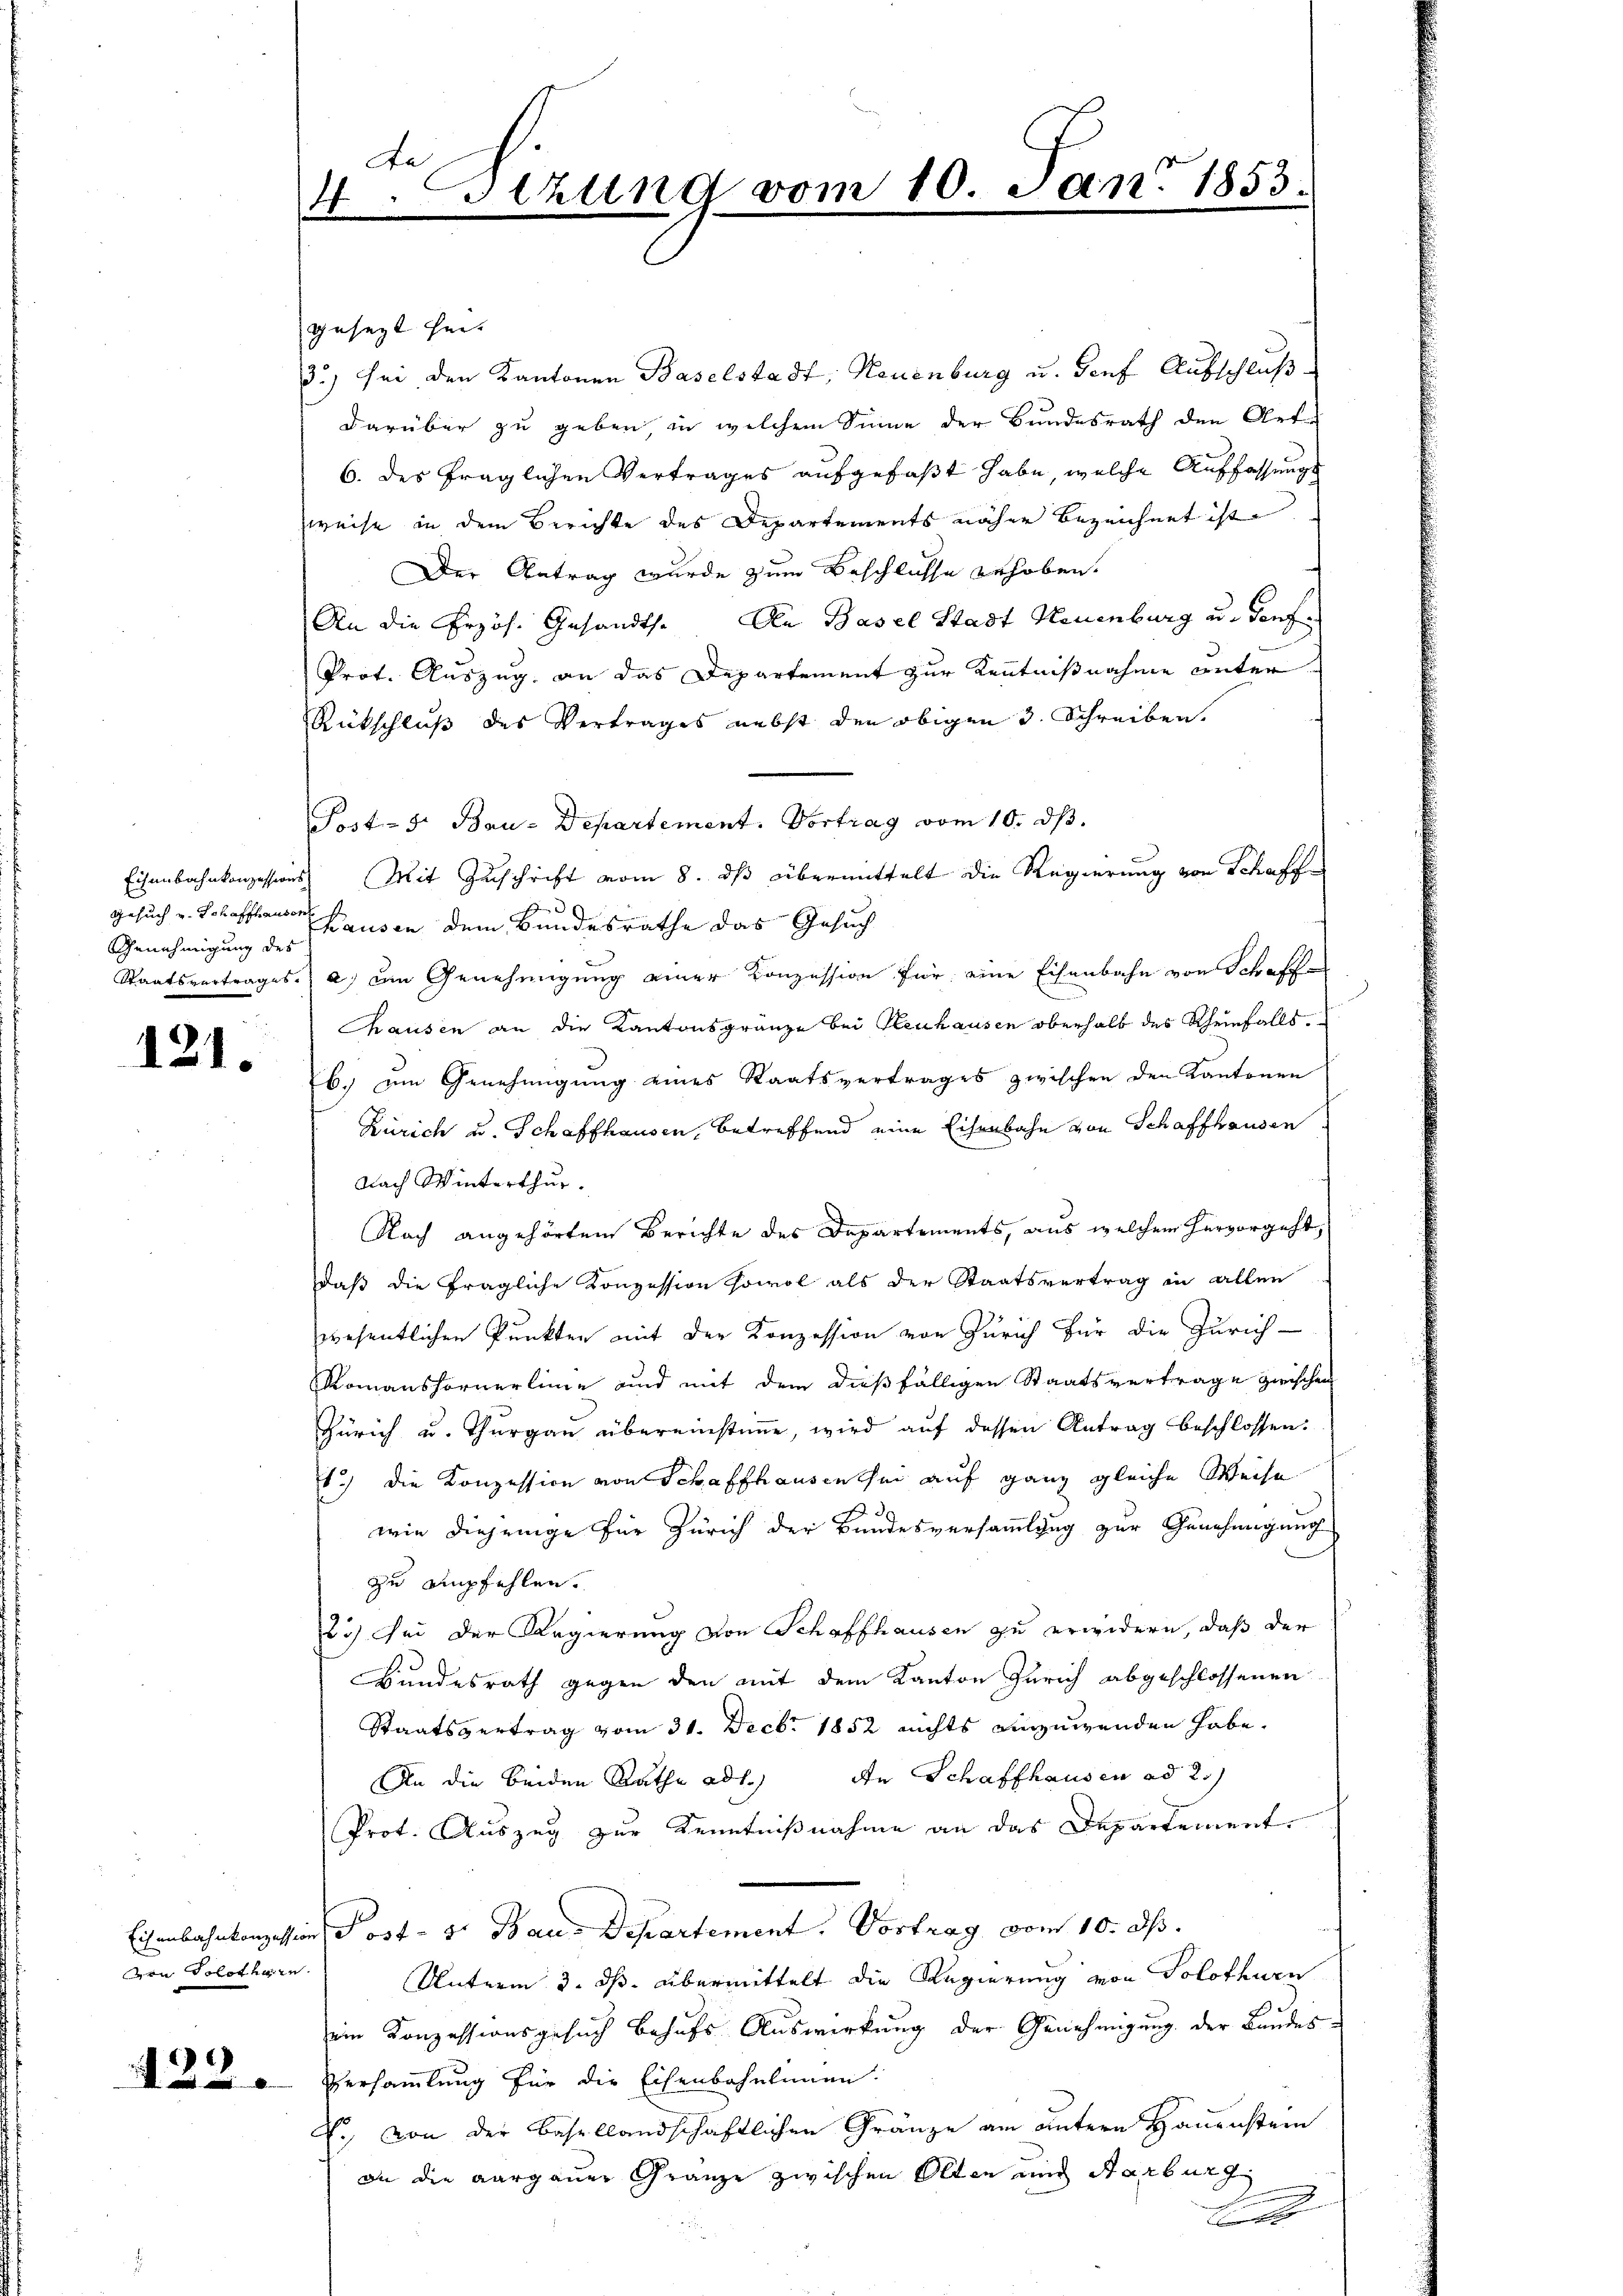
Gesuch u. Schaffhauser
Genehmigung des
Staatsvertrages

121.

von Solothurn.

422.

Fa
4. Stund vom 10. Jan. 1853

gesezt sei.
3) sei den Kantonen Baselstadt, Neuenburg u. Genf Ausschluß
darüber zu geben, in welchem Sinne der Bundesrath den Art
6. des fraglichen Vertrages aufgefaßt habe, welche Auffassungs
weise in dem Berichte des Departements näher bezeichnet ist.
Der Antrag wurde zum Beschlüsse gehoben.
An die Erzös. Gesandts. Aa Basel Stadt Neuenburg u. den f
Prot. Auszug, an das Departement zur Kenntnißnahme unter
Rückschluß des Vertrages nebst den obigen 3. Schreiben.
Post- 5. Bau-Departement. Vortrag vom 10. ds.
Eisenbahnkonzessions Mit Zuschrift vom 8. dβ übermittelt die Regierung von Schaffe
hausen dem Bundesrathe das Gesuch
a) an Genehmigung einer Konzession für eine Eisenbahn von Schaffe
hausen an die Kantonsgränze bei Neuhausen oberhalb des Rheinfalls.
b. am Genehmigung eines Staatsvertrages zwischen den Kantonen
Zürich u. Schaffhausen, betreffend eine Eisenbahn von Schaffhausen
Nach Winterthur.
Nach angehörtem Berichte des Departements, aus welchem hervorgeht,
daß die fragliche Konzession sowol als der Staatsvertrag in allen
wesentlichen Punkten mit der Konzession von Zürich für die Zürich-
Romanshornerlinie und mit dem dießfälligen Staatsvertrage zwischen
Zürich u. Thurgau übereinstimme, wird auf dessen Antrag beschlossen:
1.) die Konzession von Schaffhausen ihm auf ganz gleiche Weise
wie diejenige für Zürich der Bundesversammtzug zur Genehmigung
zu empfehlen.
2.) Sei der Regierung von Schaffhausen zu erwidern, daß der
Bundesrath gegen den mit dem Kanton Zürich abgeschlossenen
Staatsvertrag vom 31. Decbr 1852 nichts einzuwenden habe.
An die beiden Rathe ad 1.) An Schaffhausen ad 2.)
Prot. Auszug zur Kenntnißnahme an das Departement.
Eisenbahnkonzession, Jost - 5. Baus Departement. Vortrag vom 10. ds.
Unterm 3. ds. übermittelt die Regierung von Solothurn
ein Konzessionsgesuch behufs Auswirkung der Genehmigung der Bundes¬
Versammlung für die Eisenbahnlinien.
V., von der Basellandschaftlichen Gränze am untern Hauenstein
on die aargauer Gränze zwischen Olten und Starburg